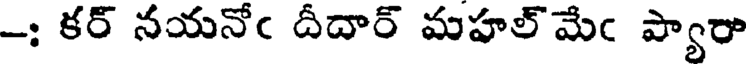
-: కర్ నయనోఁ దీదార్ మహల్ మేఁ ప్యారా